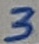
Text: 3